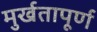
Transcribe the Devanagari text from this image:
मुर्खतापूर्ण